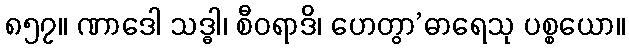
၈၅၇။ ဏာဒေါ သဒ္ဓါ၊ စီဝရာဒိ၊ ဟေတွာ’ဓာရေသု ပစ္စယော။